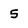
Character: 5